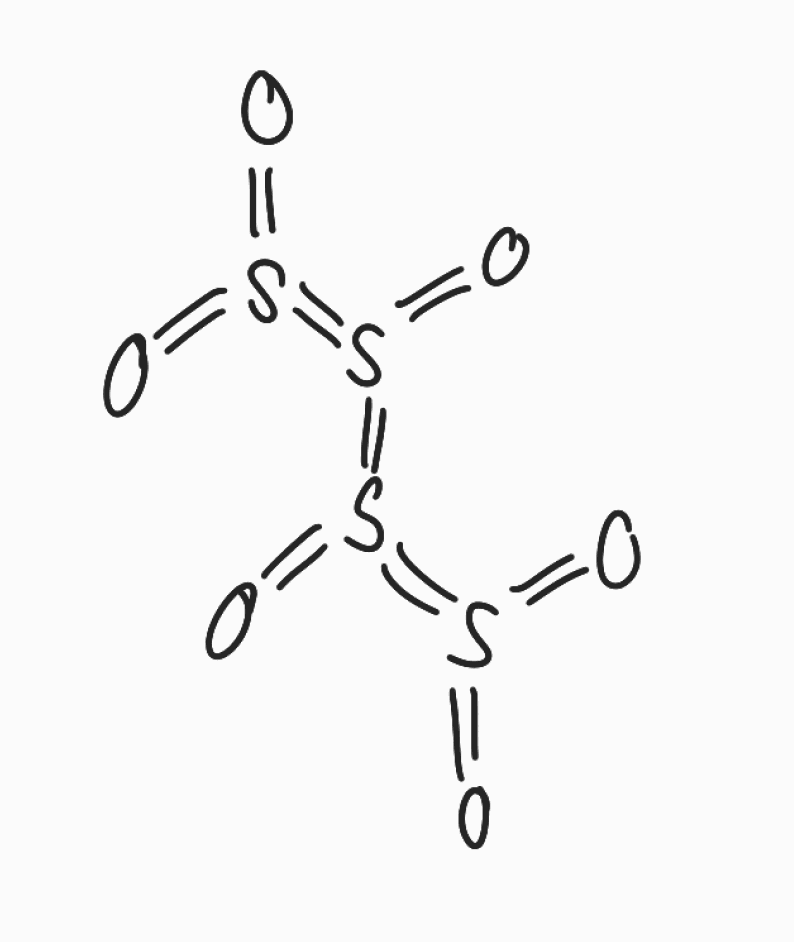
Simplified molecular-input line-entry system (SMILES) notation of the given molecule:
O=S(=O)=S(=O)=S(=O)=S(=O)=O